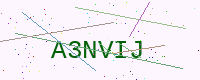
Text: A3NVIJ